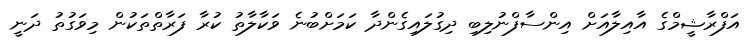
އަފްރާޝީމްގެ އާއިލާއަށް އިންސާފްނުލިބި ދިގުލައިގެންދާ ކަމަށްބުނެ ވަކާލާތު ކުރާ ފަރާތްތަކުން މިވަގުތު ދަނީ